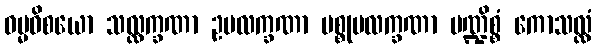
ဓမ္မဝိစယော သလ္လက္ခဏာ ဥပလက္ခဏာ ပစ္စုပလက္ခဏာ ပဏ္ဍိစ္စံ ကောသလ္လံ